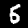
Label: 5